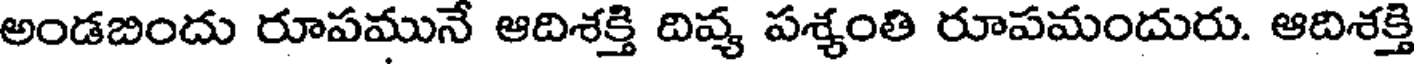
అండబిందు రూపమునే ఆదిశక్తి దివ్య పశ్యంతి రూపమందురు. ఆదిశక్తి